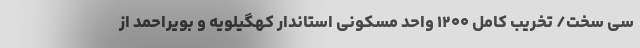
سی سخت/ تخریب کامل ۱۲۰۰ واحد مسکونی استاندار کهگیلویه و بویراحمد از